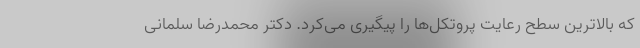
که بالاترین سطح رعایت پروتکل‌ها را پیگیری می‌کرد. دکتر محمدرضا سلمانی